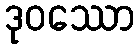
ဒုဝဿော